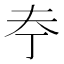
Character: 𪥃